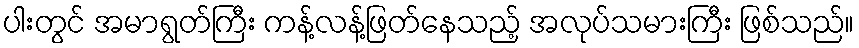
ပါးတွင် အမာရွတ်ကြီး ကန့်လန့်ဖြတ်နေသည့် အလုပ်သမားကြီး ဖြစ်သည်။